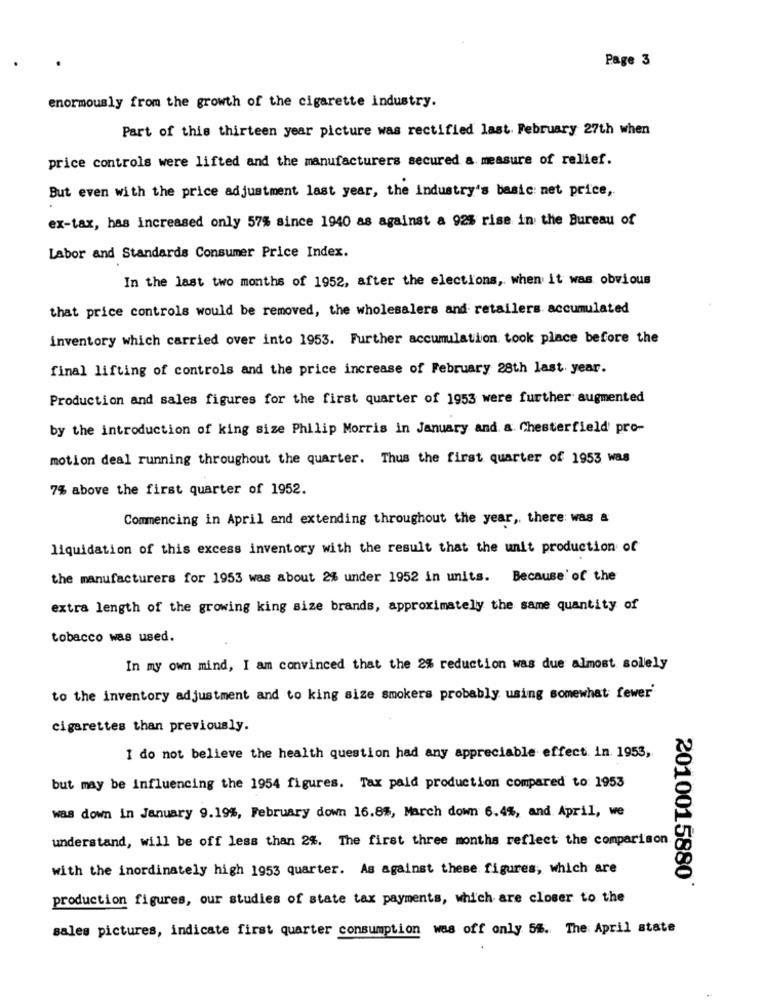
Page 3
enormously from the growth of the cigarette industry.
Part of this thirteen year picture was rectified last. February 27th when
price controls were lifted and the manufacturers secured a measure of relief.
But even with the price adjustment last year, the industry's basic: net price,
ex-tax, has increased only 57% since 1940 as against a 92% rise in the Bureau of
Labor and Standards Consumer Price Index.
In the last two months of 1952, after the elections, when it was obvious
that price controls would be removed, the wholesalers and retailers accumulated
inventory which carried over into 1953. Further accumulation took place before the
final lifting of controls and the price increase of February 28th last year.
Production and sales figures for the first quarter of 1953 were further augmented
by the introduction of king size Philip Morris in January and a Chesterfield' pro-
motion deal running throughout the quarter. Thus the first quarter of 1953 was
7% above the first quarter of 1952.
Commencing in April and extending throughout the year ,, there was &
liquidation of this excess inventory with the result that the unit production of
the manufacturers for 1953 was about 2% under 1952 in units. Because of the
extra length of the growing king size brands, approximately the same quantity of
tobacco was used.
In my own mind, I am convinced that the 2% reduction was due almost solely
to the inventory adjustment and to king size smokers probably using somewhat fewer'
cigarettes than previously.
1 do not believe the health question had any appreciable effect. in. 1953,
but may be influencing the 1954 figures. Tax paid production compared to 1953
was down in January 9.19%, February down 16.8%, March down 6.4%, and April, we
understand, will be off less than 2%. The first three months reflect the comparison
with the inordinately high 1953 quarter. As against these figures, which are
2010015880
production figures, our studies of state tax payments, which are closer to the
sales pictures, indicate first quarter consumption was off only 5%. The April state